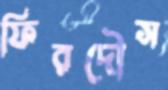
ফিরদৌস